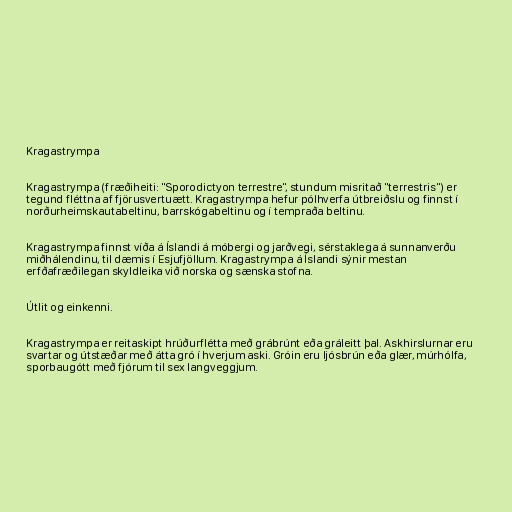
Kragastrympa

Kragastrympa (fræðiheiti: "Sporodictyon terrestre", stundum misritað "terrestris") er
tegund fléttna af fjörusvertuætt. Kragastrympa hefur pólhverfa útbreiðslu og finnst í
norðurheimskautabeltinu, barrskógabeltinu og í tempraða beltinu.

Kragastrympa finnst víða á Íslandi á móbergi og jarðvegi, sérstaklega á sunnanverðu
miðhálendinu, til dæmis í Esjufjöllum. Kragastrympa á Íslandi sýnir mestan
erfðafræðilegan skyldleika við norska og sænska stofna.

Útlit og einkenni.

Kragastrympa er reitaskipt hrúðurflétta með grábrúnt eða gráleitt þal. Askhirslurnar eru
svartar og útstæðar með átta gró í hverjum aski. Gróin eru ljósbrún eða glær, múrhólfa,
sporbaugótt með fjórum til sex langveggjum.